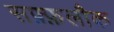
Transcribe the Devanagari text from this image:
सफ़्फ़लौक